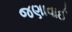
જણાવાઈ